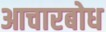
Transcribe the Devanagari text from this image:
आचारबोध